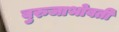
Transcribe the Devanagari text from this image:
बुरुजाभोवती